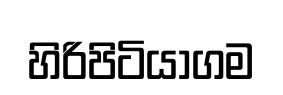
හිරිපිටියාගම